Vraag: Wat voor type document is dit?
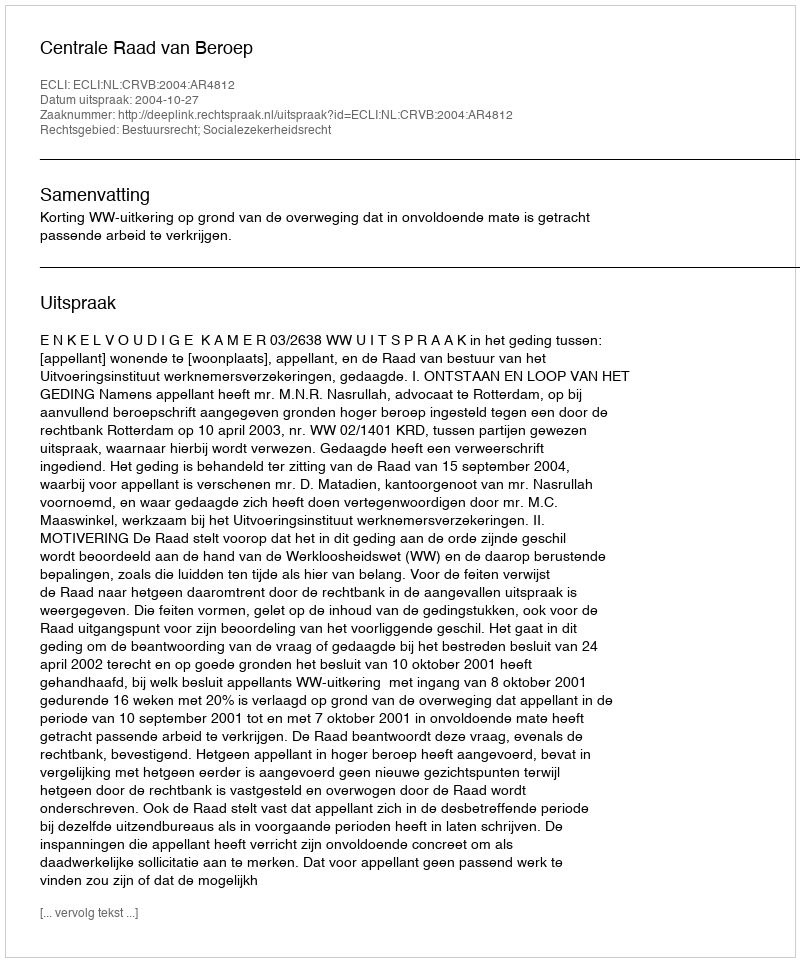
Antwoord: Uitspraak